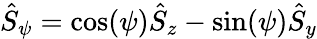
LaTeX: \hat{S}_{\psi}=\cos(\psi)\hat{S}_{z}-\sin(\psi)\hat{S}_{y}